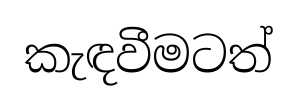
කැඳවීමටත්